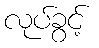
လုပ်ခွင့်